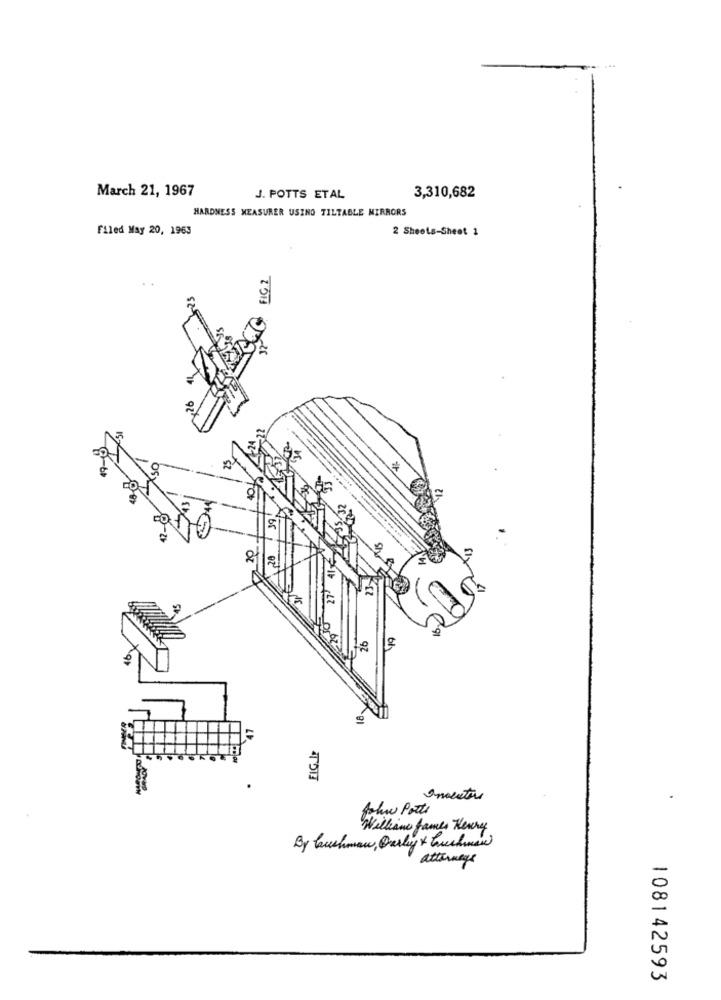
March 21, 1967
J. POTTS ETAL
3,310,682
HARDNESS MEASURER USING TILTABLE MIRRORS
Filed May 20, 1963
2 Sheets-Sheet 1
FIG 2
43
27 41
6/
FIG.IP
folw Porte
William James Henry
By Cushman, Only + Euchman)
attorneys
108142593